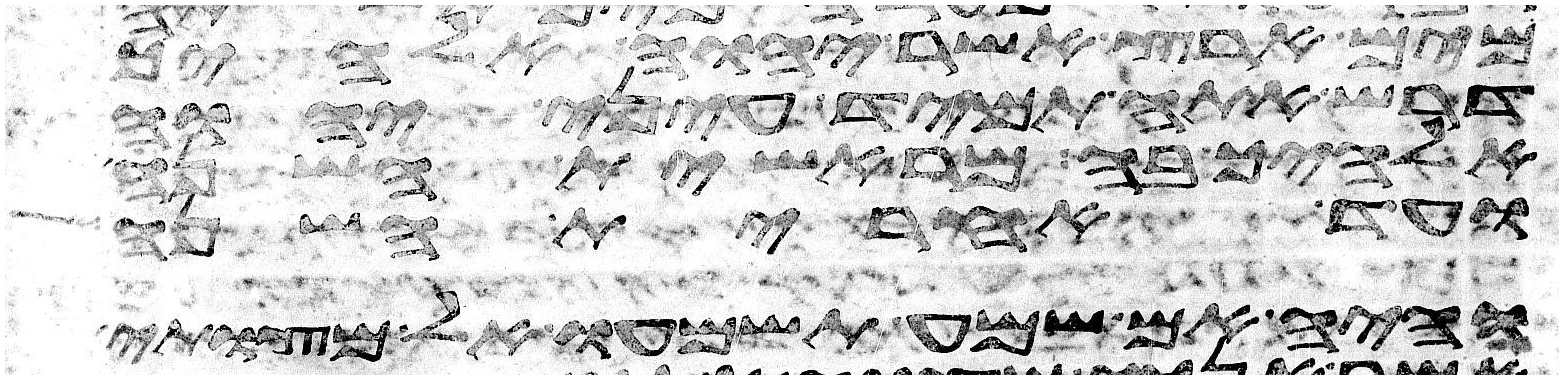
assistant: מים ארץ אשר יהוה אלהיך
דרש אתה תמיד עיני יהוה
אלהיך בה מראשית השנה
ועד אחרית השנה
והיה אם שמע תשמעו אל מצותי